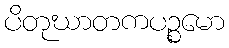
ပိတုဃာတကပဉ္စမော